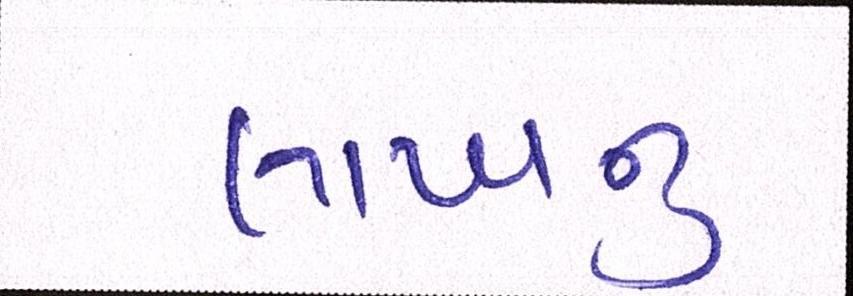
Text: લાખનું